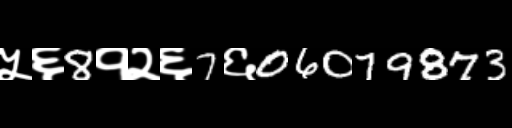
Text: ५६8१२६7६06079873